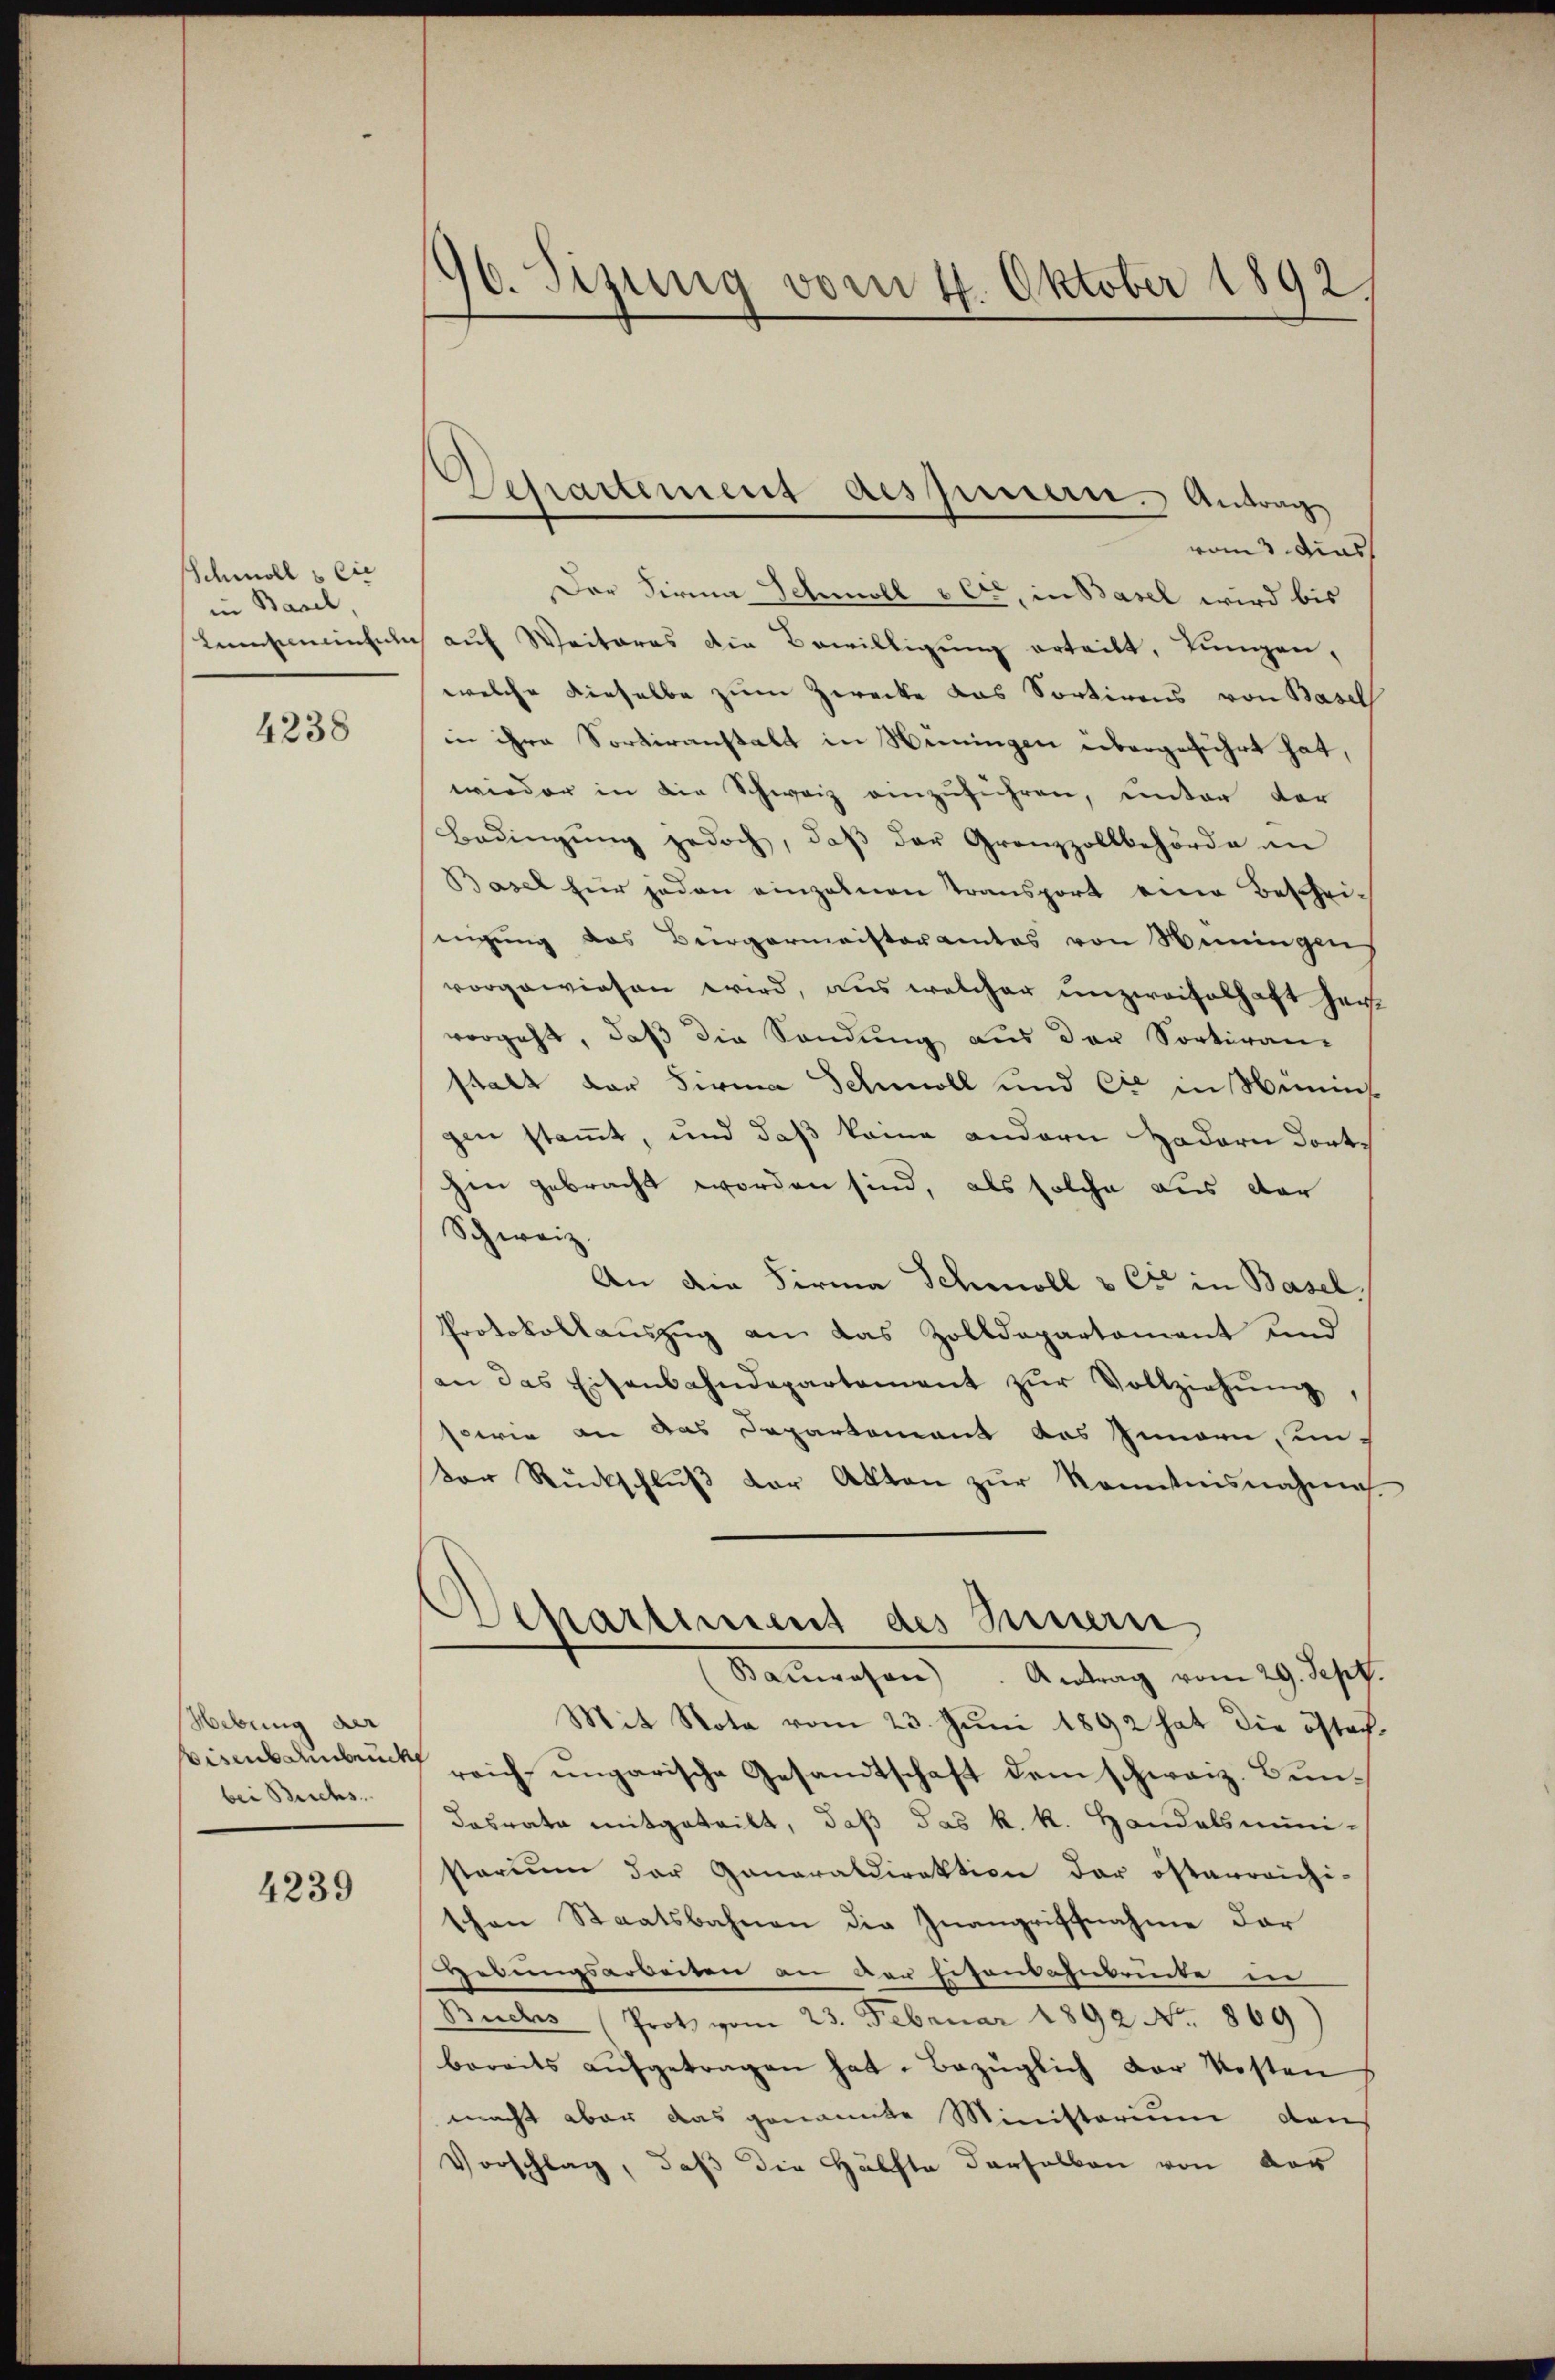
Schmoll & Cie
in Basel,
Kentementel

4238

Hebung der
Eisenbahnbrück
bei Buchs.

4239

96. Sizung vom 4. Oktober 1892.

Departement des Innern. Antrag

rand dies
Der Firma Schmoll vere, in Basel wird bis
aŭf Weiteres die Bewilligŭng erteilt, Lungen,
welche dieselbe zum Zwecke das Sortirens von Basel
in ihre Sortiranstalt in Weingen übergeführt hat,
wieder in die Schweiz einzuführen, unter der
Bedingŭng jedoch, daβ der Grenzzollbehörde an
Basel für jeden einzelnen Transport eine Bescheiengung das Bürgermeisteramtes von Niningen
vorgewiesen wird, aus welcher unzweifelhaft her
vorgeht, daß die Sendung aus der Sortiran-
stalt der Firma Schmoll und Cie in Semins
gen stamt, und daß keine andern Hadern dorthin gebracht worden sind, als solche aus der
Schweiz.
An die Firma Schmoll & Cie in Basel,
Protokollauszug an das Zolldepartement und
an das Eisenbahndepartament zŭr Vollziehŭng,
sowie an das Departement des Innern, un-
Der Rückschlŭβ der Akten zŭr Kenntnisnahme
Separtement des Innern
Baŭwesen. Antrag vom 29. Sept.
Mit Nota vom 23. Juni 1892 hat die östet
reich ungarische Gesandtschaft dem schweiz. Bun¬
Cabrate mitgeteilt, daß das k. k. Handelsmini-
starium der Ganaraldirektion der österreichi-
tchen Staatsbahnen die Zuangriffnahme der
Hebungsarbeiten an der Eisenbahnbrücke in
Buches (Prots vom 23. Februar 1892 No. 869)
bereits aŭfgetragen hat. Bezüglich der Kosten
macht aber das genannte Ministerium den
Vorschlag, daß die Hälfte derselben von der